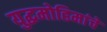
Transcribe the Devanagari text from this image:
युद्धमोहिमांचे